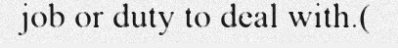
job or duty to deal with.(